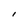
Character: l